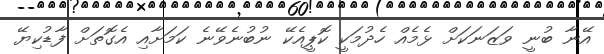
އޭނާ ބުނީ ވަޒަނަކަށް ޅެމެއް ހެދުމަކީ ކޮޕީއެކޭ ނުބުނެވޭނެ ކަމަށާއި އެގޮތަށް ފާޑުކިޔޭ